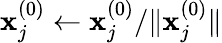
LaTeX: \mathbf{x}_{j}^{(0)}\leftarrow\mathbf{x}_{j}^{(0)}/\| \mathbf{x}_{j}^{(0)}\|